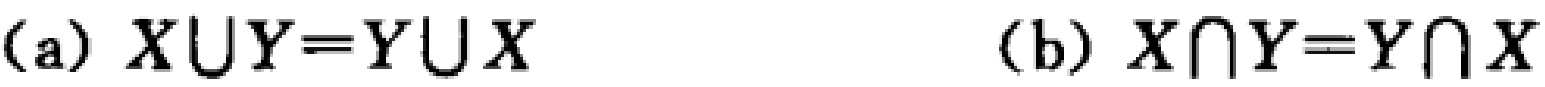
(a) \(X \cup Y = Y \cup X\) (b) \(X \cap Y = Y \cap X\)